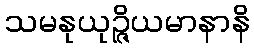
သမနုယုဉ္ဇိယမာနာနိ